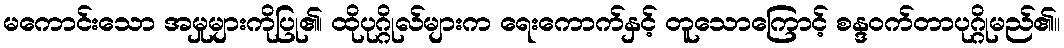
မကောင်းသော အမှုများကိုပြု၏၊ ထိုပုဂ္ဂိုလ်များက ရေးကောက်နှင့် တူသောကြောင့် စန္ဒဝက်တာပုဂ္ဂိုမည်၏။